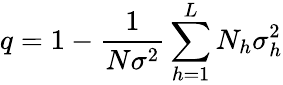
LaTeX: q=1-{\frac{1}{N\sigma^{2}}}\sum_{h=1}^{L}N_{h}\sigma_{h}^{2}